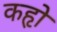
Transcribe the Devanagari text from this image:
कहृो